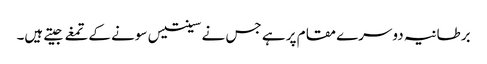
برطانیہ دوسرے مقام پر ہے جس نے سینتیس سونے کےتمغے جیتے ہیں۔